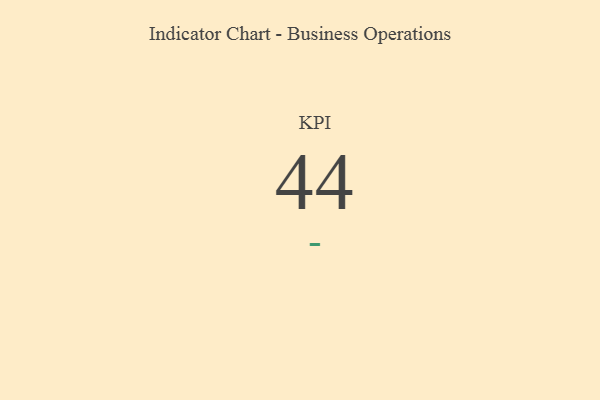
{"axis": {"x": "KPI", "y": "Value"}, "legend": [""], "data": [{"x": "KPI", "y": 44, "type": ""}]}